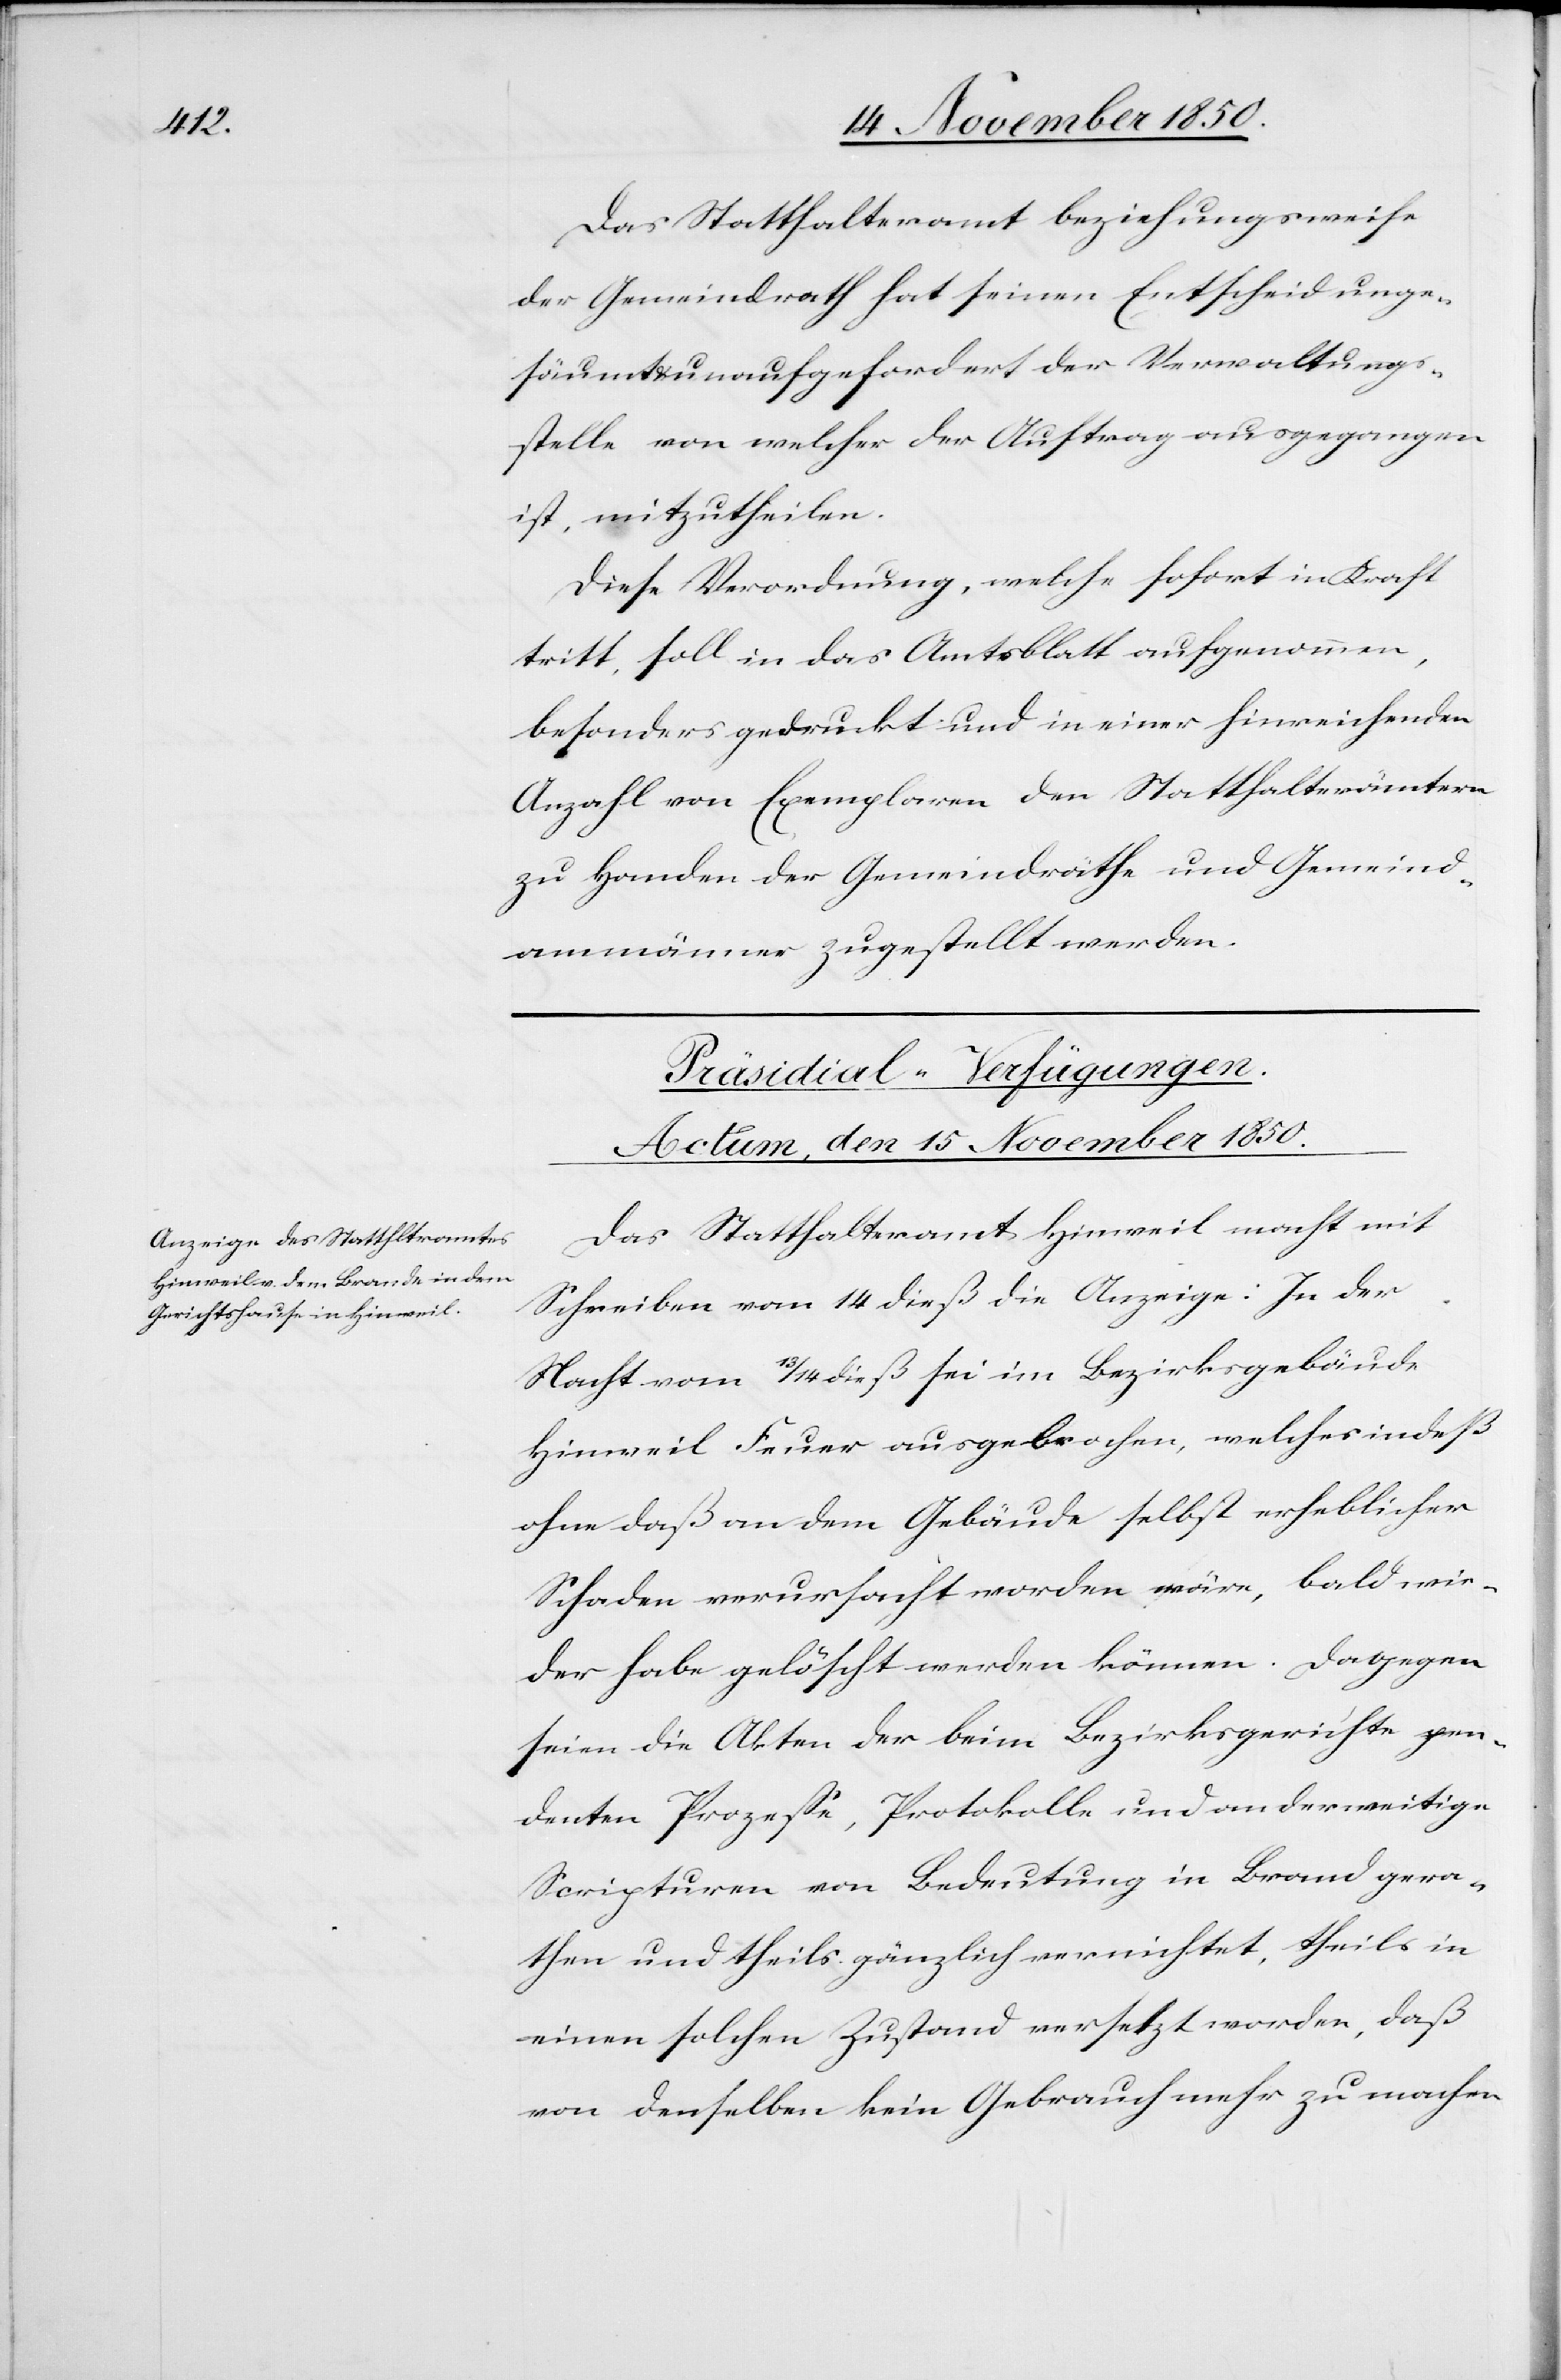
Das Statthalteramt beziehungsweise
der Gemeindrath hat seinen Entscheid unge¬
säumt u. unaufgefordert der Verwaltungs¬
stelle von welcher der Auftrag ausgegangen
ist, mitzutheilen.
Diese Verordnung, welche sofort in Kraft
tritt, soll in das Amtsblatt aufgenommen,
besonders gedruckt und in einer hinreichenden
Anzahl von Exemplaren den Statthalterämtern
zu Handen der Gemeindräthe und Gemeind¬
ammänner zugestellt werden.
Präsidial-Verfügungen.
Actum, den 15 November 1850.
Das Statthalteramt Hinweil macht mit
Schreiben vom 14 dieß die Anzeige: In der
Nacht vom 13/14 dieß sei im Bezirksgebäude
Hinweil Feuer ausgebrochen, welches indeß
ohne daß an dem Gebäude selbst erheblichen
Schaden verursacht worden wäre, bald wie¬
der habe gelöscht werden können. Dagegen
seien die Akten der beim Bezirksgerichte pen¬
denten Prozesse, Protokolle und anderweitige
Scripturen von Bedeutung in Brand gera¬
then und theils gänzlich vernichtet, theils in
einen solchen Zustand versetzt worden, daß
von denselben kein Gebrauch mehr zu machen